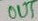
Text: OUT